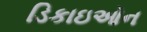
ડિકાઇઓન